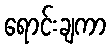
ရောင်းချကာ